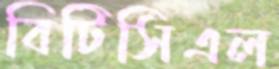
বিটিসিএল